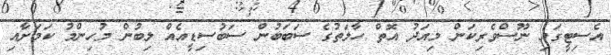
އެސިޓީގައި ނޫސްވެރިކަން މިއަދު އޮތް ހާލަތުގެ ސަބަބުން ސަބުސިޑީއެއް ލިބުން މުހިންމު ކަމަށާއި